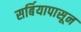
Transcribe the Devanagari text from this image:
सर्बियापासून